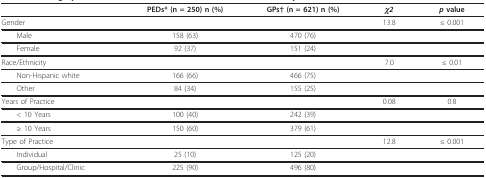
<table><thead><tr><td></td><td><b>PEDs* (n = 250) n (%)</b></td><td><b>GPs† (n = 621) n (%)</b></td><td><b><i>χ2</i></b></td><td><b><i>p </i>value</b></td></tr></thead><tbody><tr><td>Gender</td><td></td><td></td><td>13.8</td><td>≤ 0.001</td></tr><tr><td> Male</td><td>158 (63)</td><td>470 (76)</td><td></td><td></td></tr><tr><td> Female</td><td>92 (37)</td><td>151 (24)</td><td></td><td></td></tr><tr><td>Race/Ethnicity</td><td></td><td></td><td>7.0</td><td>≤ 0.01</td></tr><tr><td> Non-Hispanic white</td><td>166 (66)</td><td>466 (75)</td><td></td><td></td></tr><tr><td> Other</td><td>84 (34)</td><td>155 (25)</td><td></td><td></td></tr><tr><td>Years of Practice</td><td></td><td></td><td>0.08</td><td>0.8</td></tr><tr><td> &lt; 10 Years</td><td>100 (40)</td><td>242 (39)</td><td></td><td></td></tr><tr><td> ≥ 10 Years</td><td>150 (60)</td><td>379 (61)</td><td></td><td></td></tr><tr><td>Type of Practice</td><td></td><td></td><td>12.8</td><td>≤ 0.001</td></tr><tr><td> Individual</td><td>25 (10)</td><td>125 (20)</td><td></td><td></td></tr><tr><td> Group/Hospital/Clinic</td><td>225 (90)</td><td>496 (80)</td><td></td><td></td></tr></tbody></table>